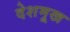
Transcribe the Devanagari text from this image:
देशमूख